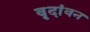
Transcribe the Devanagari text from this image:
वृदांवन